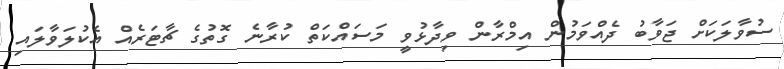
ސުވާލަކަށް ޖަވާބު ދެއްވަމުން އިމްރާން ވިދާޅުވީ މަސައްކަތް ކުރާނެ ގޮތުގެ ޗާޓަރެއް އެކުލަވާލައި